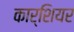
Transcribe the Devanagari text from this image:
कार्शियर